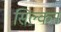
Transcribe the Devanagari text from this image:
सिल्कन